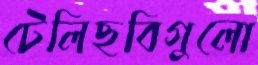
টেলিছবিগুলো